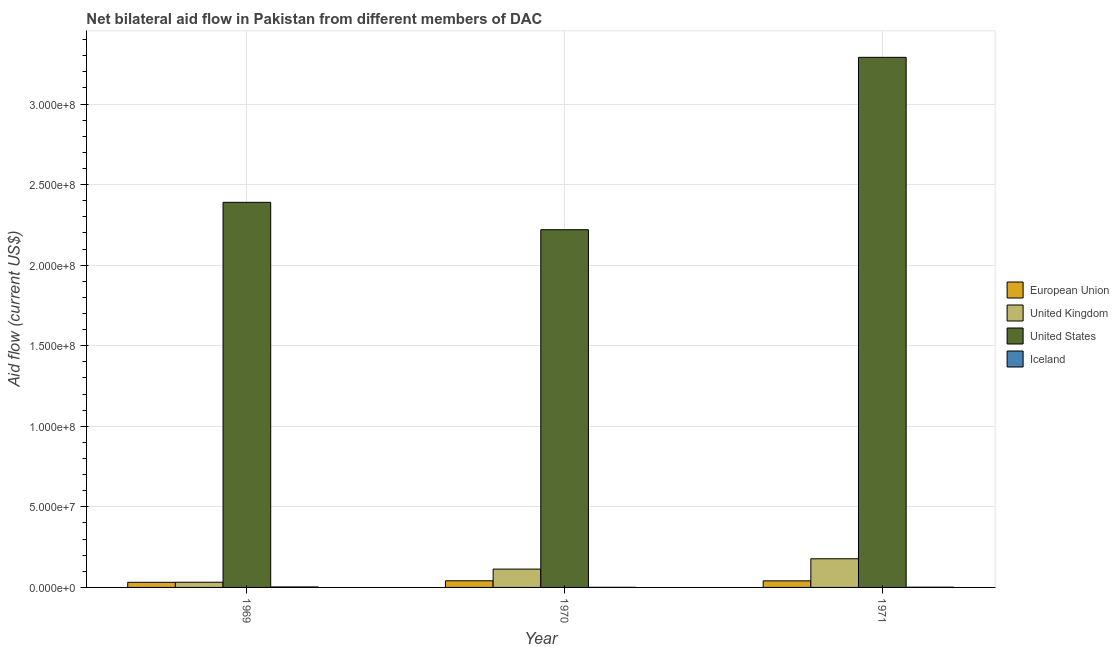
| Year | European Union | United Kingdom | United States | Iceland |
 | --- | --- | --- | --- | --- |
 | 1969 | 3.18e+06 | 3.23e+06 | 2.39e+08 | 3e+05 |
 | 1970 | 4.12e+06 | 1.14e+07 | 2.22e+08 | 6e+04 |
 | 1971 | 4.08e+06 | 1.78e+07 | 3.29e+08 | 1.4e+05 |